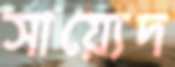
সায়্যেদ